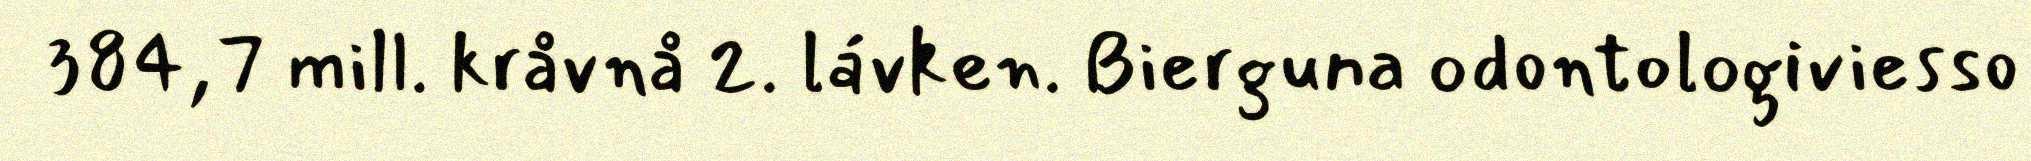
384,7 mill. kråvnå 2. lávken. Bierguna odontologiviesso